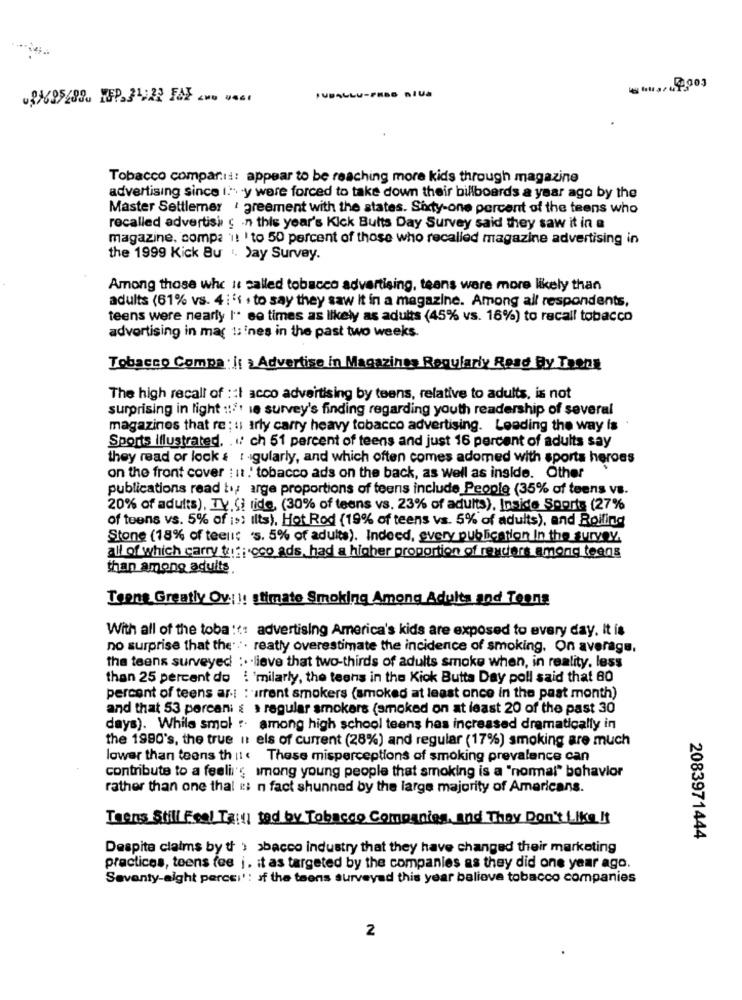
***,, 4,90)
091695/89. YEP.31:22 FAX -.. ....
PUBALLU-PRES IVA
Tobacco compar ::: appear to be reaching more kids through magazine
advertising since I." y were forced to take down their billboards a year ago by the
Master Settlemer ' greement with the states. Sixty-one percent of the teens who
recalled advertise c .n this year's Kick Bults Day Survey said they saw it in a
magazine, compa 1! ' to 50 percent of those who recalled magazine advertising in
the 1999 Kick Bu . Jay Survey.
Among those who Is called tobacco advertising, teans were more likely than
adults (61% vs. 4 : '1 . to say they saw It in a magazine. Among all respondents,
teens were nearly I'* so times as likely as adults (45% vs. 16%) to recall tobacco
advertising in mag 1; ines in the past two weeks.
Tobacco Compa . it & Advertise in Magazines Regularly Read By Toon
The high recall of :: I acco advertising by teens, relative to adults, is not
surprising in light ::: ' ie survey's finding regarding youth readership of several
magazines that re ; u; arly carry heavy tobacco advertising. Leading the way is
Sports illustrated. . .. ch 51 percent of teens and just 16 percent of adults say
they read or lock : : gularly, and which often comes adomed with sports heroes
on the front cover : it ! tobacco ads on the back, as Well as inside. Other
publications read ti arge proportions of teens include People (35% of teens vs.
20% of adults), TV. (i ride, (30% of teens vs. 23% of adults), Inside Sports (27%
of toens vs. 5% of is; ilts), Hot Rod (19% of teens vs. 5% of adults), and Roifind
Stone (18% of teeli: 's. 5% of adults). Indeed, every publication In the survey,
all of which carry taf; cco ads, had a higher proportion of readers among teens
than among adults
Teens Greatly Ov !!! stimato Smoking Among Adults and Teons
With all of the toba ::: advertising America's kids are exposed to every day. It is
no surprise that the ... reatly overestimate the incidence of smoking. On average.
the teens surveyed :. lieve that two-thirds of adults smoke when, in reality. less
than 25 percent do : 'milarly, the teens in the Kick Butta Day poll said that 80
percent of teens ari : arrent smokers (smoked at least once in the past month)
and that 53 percani : . regular smokers (smoked on at least 20 of the past 30
days). While smol : among high school teens has increased dramatically in
the 1990's, the true I els of current (28%) and regular (17%) smoking are much
lower than teens th il . These misperceptions of smoking prevalence can
contribute to a feeli's among young people that smoking is a "normal" behavior
rather than one thal i :: n fact shunned by the large majority of Americans.
Teens Still Feel Taill ted by Tobacco Companies, and They Don't Like It
2083971444
Despite claims by th ) sbacco industry that they have changed their marketing
practices, teens fee i. it as targeted by the companies as they did one year ago.
Seventy-aight percer' : if the teens surveyad this year believe tobacco companies
2